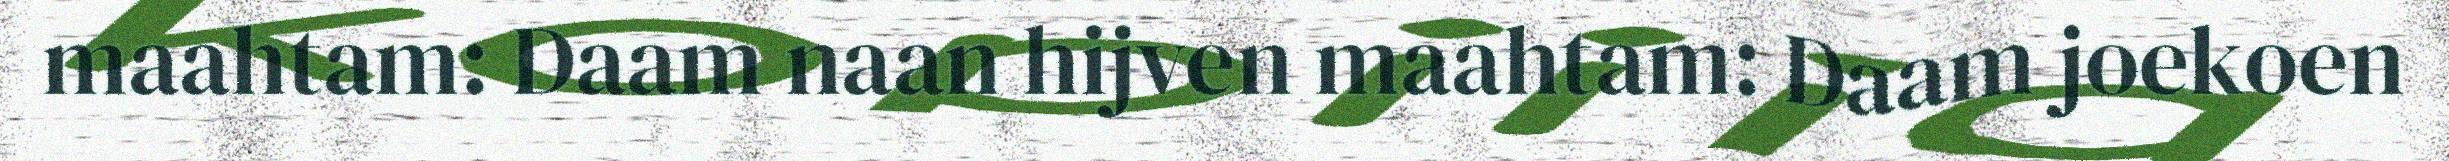
maahtam: Daam naan hijven maahtam: Daam joekoen